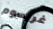
غريسوم